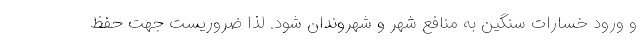
و ورود خسارات سنگين به منافع شهر و شهروندان شود. لذا ضروريست جهت حفظ